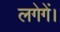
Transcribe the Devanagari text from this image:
लगेगें।